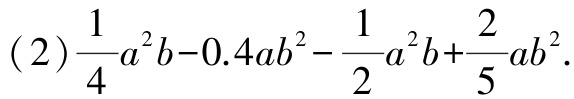
(2)$\frac{1}{4}a^{2}b - 0.4ab^{2}-\frac{1}{2}a^{2}b+\frac{2}{5}ab^{2}$.